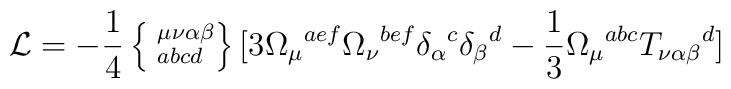
{\cal L} = - \frac{1}{4} \left\{\phantom{|}^{\mu\nu\alpha\beta}_{abcd}\right\} [ 3 \Omega_\mu{}^{aef} \Omega_\nu{}^{bef} \delta_\alpha{}^c\delta_\beta{}^d - \frac{1}{3} \Omega_\mu{}^{abc}T_{\nu\alpha\beta}{}^d ]